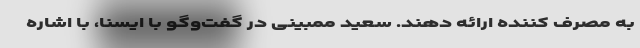
به مصرف کننده ارائه دهند. سعید ممبینی در گفت‌وگو با ایسنا، با اشاره